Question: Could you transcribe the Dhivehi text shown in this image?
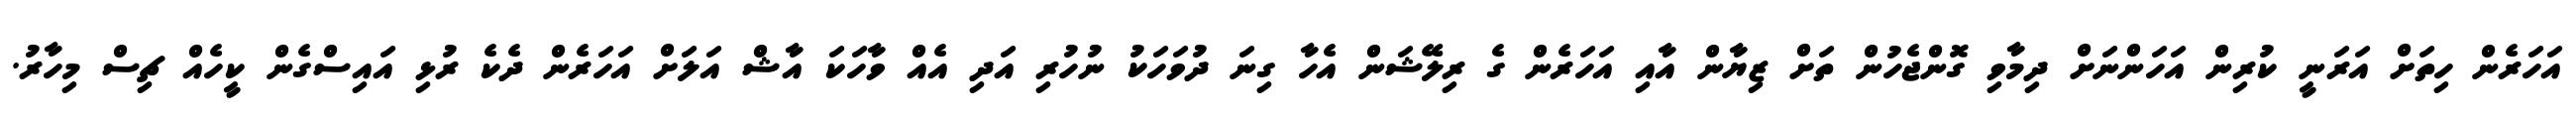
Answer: އަހަރެން ހިތަށް އަރަނީ ކުރިން އަހަންނަށް ދިމާވި ގޮންޖެހުން ތަށް ޒިޔާން އާއި އަހަރެން ގެ ރިލޭޝަން އެހާ ގިނަ ދުވަހަކު ނުހުރި އަދި އެއް ވާހަކަ އާޝް އަލަށް އަހަރެން ދެކެ ރުޅި އައިސްގެން ކީހެއް ޗިސް މިހާރު.